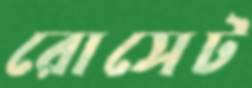
রোসেট